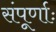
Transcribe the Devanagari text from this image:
संपूर्णाः